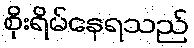
စိုးရိမ်နေရသည်